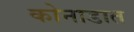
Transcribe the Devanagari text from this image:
कोनाडात